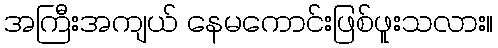
အကြီးအကျယ် နေမကောင်းဖြစ်ဖူးသလား။